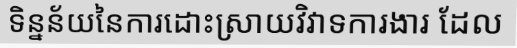
ទិន្នន័យនៃការដោះស្រាយវិវាទការងារ ដែល